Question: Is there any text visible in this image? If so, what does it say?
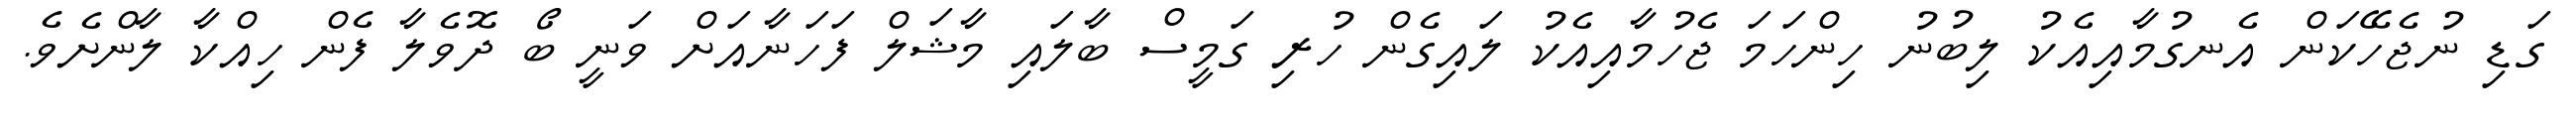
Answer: ގަޑި ނުޖެހޭކަން އެނގުމާއިއެކު ލިބުނު ހިންހަމަ ޖެހުމާއިއެކު ލައިގެން ހުރި ގަމީސް ބާލައި މާޝަލް ފަހަނާއަށް ވަނީ ބޯ ދޮވެލާ ފެން ހިއްކާ ލާންށެވެ.